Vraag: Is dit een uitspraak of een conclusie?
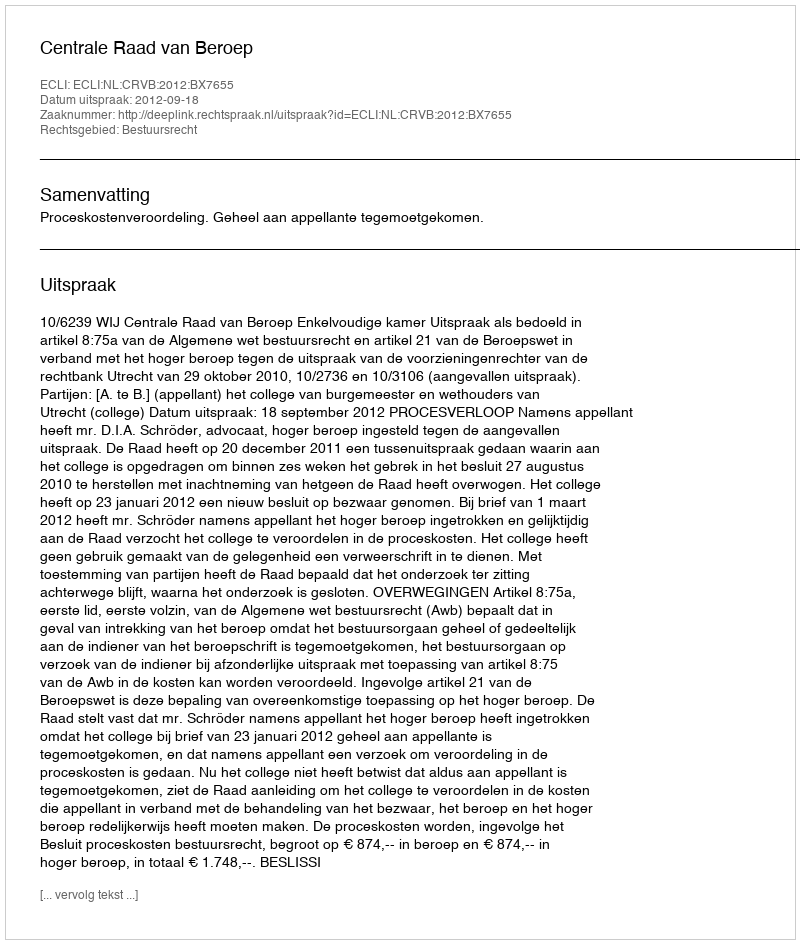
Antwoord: Uitspraak